Treatise on elephants
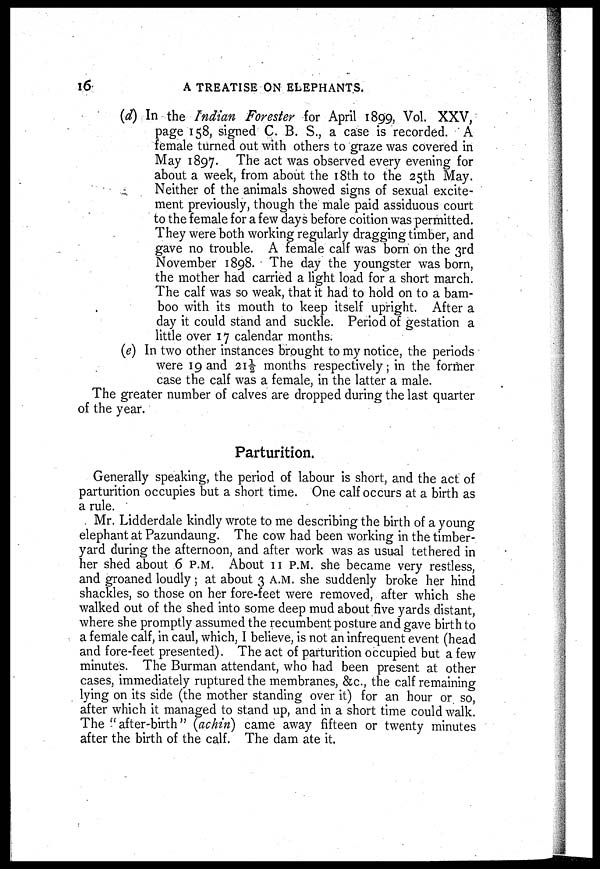
16
A TREATISE ON ELEPHANTS.
(d) In the Indian Forester for April 1899, Vol. XXV,
page 158, signed C. B. S., a case is recorded. A
female turned out with others to graze was covered in
May 1897. The act was observed every evening for
about a week, from about the 18th to the 25th May.
Neither of the animals showed signs of sexual excite-
ment previously, though the male paid assiduous court
to the female for a few days before coition was permitted.
They were both working regularly dragging timber, and
gave no trouble. A female calf was born on the 3rd
November 1898. The day the youngster was born,
the mother had carried a light load for a short march.
The calf was so weak, that it had to hold on to a bam-
boo with its mouth to keep itself upright. After a
day it could stand and suckle. Period of gestation a
little over 17 calendar months.
(e) In two other instances brought to my notice, the periods
were 19 and 21½ months respectively; in the former
case the calf was a female, in the latter a male.
The greater number of calves are dropped during the last quarter
of the year.
Parturition.
Generally speaking, the period of labour is short, and the act of
parturition occupies but a short time. One calf occurs at a birth as
a rule.
Mr. Lidderdale kindly wrote to me describing the birth of a young
elephant at Pazundaung. The cow had been working in the timber-
yard during the afternoon, and after work was as usual tethered in
her shed about 6 P.M. About 11 P.M. she became very restless,
and groaned loudly ; at about 3 A.M. she suddenly broke her hind
shackles, so those on her fore-feet were removed, after which she
walked out of the shed into some deep mud about five yards distant,
where she promptly assumed the recumbent posture and gave birth to
a female calf, in caul, which, I believe, is not an infrequent event (head
and fore-feet presented). The act of parturition occupied but a few
minutes. The Burman attendant, who had been present at other
cases, immediately ruptured the membranes, &c., the calf remaining
lying on its side (the mother standing over it) for an hour or so,
after which it managed to stand up, and in a short time could walk.
The "after-birth" (achin) came away fifteen or twenty minutes
after the birth of the calf. The dam ate it.